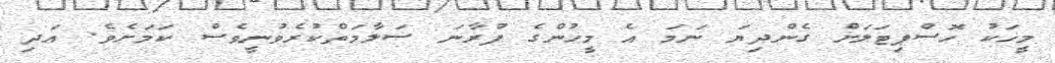
މީހަކު ހޮސްޕިޓަލަށް ގެންދިޔަ ނަމަ އެ މީހުންގެ ފުރާނަ ސަލާމަތްކުރެވުނީވެސް ކަމަށެވެ. އަދި